system: You are a helpful assistant.
user:
Analyze the provided spectrum to determine if it is a **Carbon Star (C-type)**.

- **Key Visual Indicators of Carbon Star:**
    - **(Primary):** Strong molecular absorption from **C₂ (diatomic carbon) "Swan Bands."** This is the **defining feature** of a carbon star.
        - **(Key Bandheads):** Sharp absorption edges are visible at approximately $5635$ Å, $5165$ Å (the strongest band), and $4737$ Å.
        - **(Line Profile):** Creates a distinct **"saw-tooth"** pattern. The key morphology is a sharp, steep bandhead on the **red (long-wavelength) side**, which then gradually tapers off (i.e., flux recovers) towards the **blue (short-wavelength) side**. *(This is the direct opposite of the TiO bands seen in M-type stars)*.

    - **(Secondary):** Intense **CN (cyanogen)** molecular absorption bands.
        - **(Key Bandheads):** Located in the blue and violet regions of the spectrum (e.g., near $4215$ Å and $3883$ Å).
        - **(Morphology):** These bands are extremely broad and act as a "blanket," absorbing the vast majority of blue and violet light. This creates a characteristic **"cliff"** or **"steep drop-off"** in the spectrum's flux at short wavelengths.

    - **(Key Confirmation):** Strong **CH absorption band (G-band)**.
        - **(Key Bandhead):** Located around $4300$ Å. The contribution from CH molecules to this band is exceptionally strong.

    - **(Overall Spectrum):**
        - The continuum is severely "chopped up" by these deep molecular bands, especially C₂, rather than appearing as a smooth curve.
        - Due to the heavy CN and C₂ absorption in the blue-green, the vast majority of the star's flux is concentrated in the red part of the spectrum, giving the star its characteristic deep red color.

Think first, call **spectral_visualization_tool** if needed to examine features in detail, then provide your final answer. Your response must adhere to the following strict rules:
1.  **Overall Structure:** Your response must follow the format `<think>...</think> <tool_call>...</tool_call> (if a tool is used) <answer>...</answer>`.
2.  **Tool Usage Constraint:** You may only make **one** tool call per turn.
3.  **Final Answer Format:** In the `<answer>` tag, your conclusion must be inside a `\boxed{}` command (e.g., `\boxed{YES}`), followed by your justification.

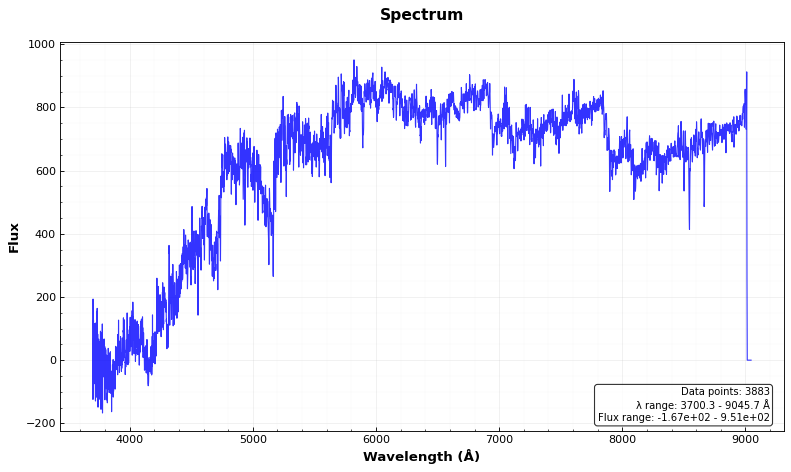
Answer: YES